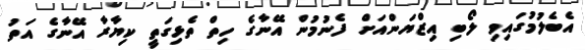
އެބެލުމުގައިވި ލޯބި އިޒްޔަންއަށް ފެނުމުން އޭނާގެ ހިތް ތެޅިގަތީ ކިޔާރާ އޭނާގެ އަތު